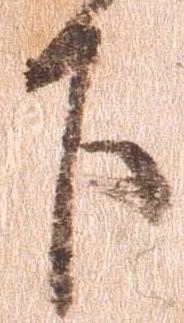
下